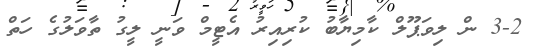
3-2 ން ލިވަޕޫލް ކާމިޔާބު ކުރިއިރު އެޓީމް ވަނީ ލީގު ތާވަލުގެ ހަތް